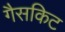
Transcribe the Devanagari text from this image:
गैसकिट